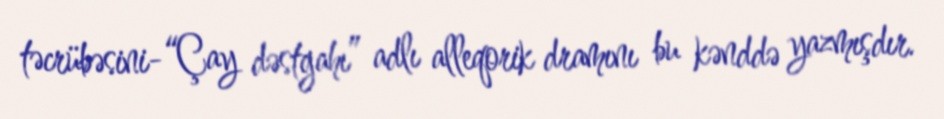
təcrübəsini-“Çay dəstgahı” adlı alleqorik dramını bu kənddə yazmışdır.